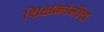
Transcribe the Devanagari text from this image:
शिक्षकांनीच